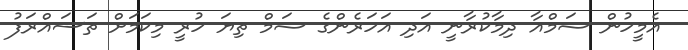
އެމީހުން ޝަމްއާ ދިމާކުރާނީ އަދި އަހަރެންގެ ޝަމް ތިޔަ ހުރީ މިކަމަށް ތަސައްރަފު